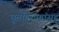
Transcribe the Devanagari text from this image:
सूतगिरण्यांसह